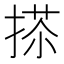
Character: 𢰀